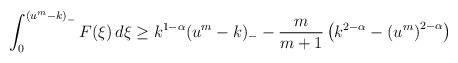
\begin{align*}\begin{aligned}\int_{0}^{\left(u^m-k\right)_-}F(\xi)\,d\xi&\geq k^{1-\alpha}(u^m-k)_--\frac{m}{m+1}\left(k^{2-\alpha}-\left(u^m\right)^{2-\alpha}\right)\end{aligned}\end{align*}